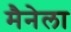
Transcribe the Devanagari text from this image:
मैनेला